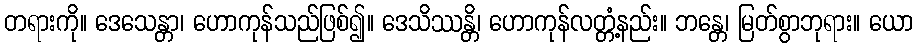
တရားကို။ ဒေသေန္တာ၊ ဟောကုန်သည်ဖြစ်၍။ ဒေသိဿန္တိ၊ ဟောကုန်လတ္တံ့နည်း။ ဘန္တေ၊ မြတ်စွာဘုရား။ ယော